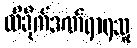
ထိခိုက်ဒဏ်ရာရသူ